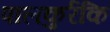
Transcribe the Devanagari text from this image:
पालकुर्रकि